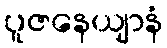
ပူဇနေယျာနံ